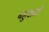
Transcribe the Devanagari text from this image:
बहुखंडों